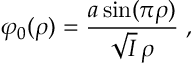
\varphi _ { 0 } ( \rho ) = \frac { a \sin ( \pi \rho ) } { \sqrt { I } \, \rho } \; ,